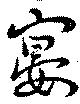
宴